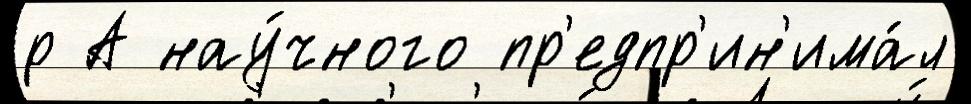
р А нау́чного пр'едпр'ин'има́л